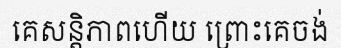
គេសន្តិភាពហើយ ព្រោះគេចង់